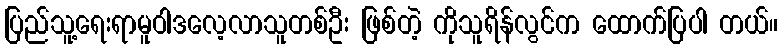
ပြည်သူ့ရေးရာမူဝါဒလေ့လာသူတစ်ဦး ဖြစ်တဲ့ ကိုသူရိန်လွင်က ထောက်ပြပါ တယ်။